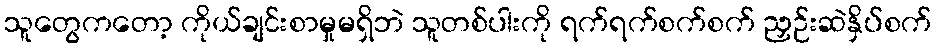
သူတွေကတော့ ကိုယ်ချင်းစာမှုမရှိဘဲ သူတစ်ပါးကို ရက်ရက်စက်စက် ညှဉ်းဆဲနှိပ်စက်